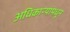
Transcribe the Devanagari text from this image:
अधिकाऱ्यांमधून